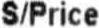
S/PRICE